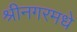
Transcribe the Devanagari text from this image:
श्रीनगरमधे